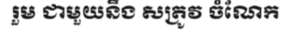
រួម ជាមួយនឹង សត្រូវ ចំណែក